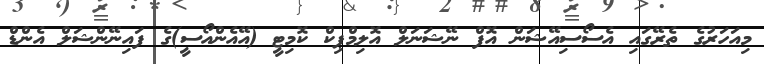
މިއަހަރުގެ ތެރޭގައި އެސޯސިއޭޝަން އޮފް ނޭޝަނަލް އޮލިމްޕިކް ކޮމިޓީ (އޭއެންއޯސީ)ގެ ފައިނޭންޝަލް އެންޑް